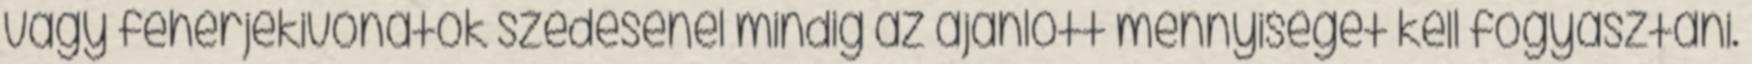
vagy fehérjekivonatok szedésénél mindig az ajánlott mennyiséget kell fogyasztani.